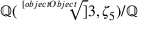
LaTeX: \mathbb { Q } ( { \sqrt [ [object Object] ] { 3 } } , \zeta _ { 5 } ) / \mathbb { Q }